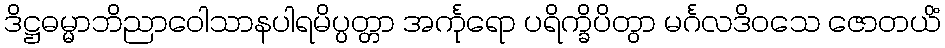
ဒိဋ္ဌဓမ္မာဘိညာဝေါသာနပါရမိပ္ပတ္တာ အင်္ကုရော ပရိက္ခိပိတွာ မင်္ဂလဒိဝသေ ဇောတယိံ